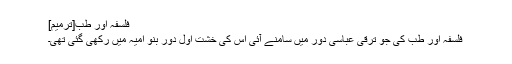
فلسفہ اور طب[ترمیم]
فلسفہ اور طب کی جو ترقی عباسی دور میں سامنے آئی اس کی خشت اول دور بنو امیہ میں رکھی گئی تھی۔